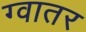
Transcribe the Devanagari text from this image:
ग्वातर